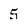
Character: 5